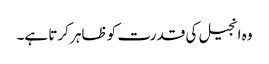
وہ انجیل کی قدرت کو ظاہر کرتا ہے۔